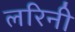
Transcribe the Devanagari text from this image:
लरिनी